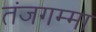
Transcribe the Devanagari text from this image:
तंजगम्मा